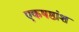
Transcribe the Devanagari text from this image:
एकषष्ठांश